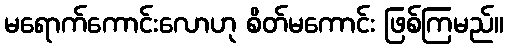
မရောက်ကောင်းလောဟု စိတ်မကောင်း ဖြစ်ကြမည်။